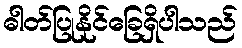
ဓါတ်ပြုနိုင်ခြေရှိပါသည်